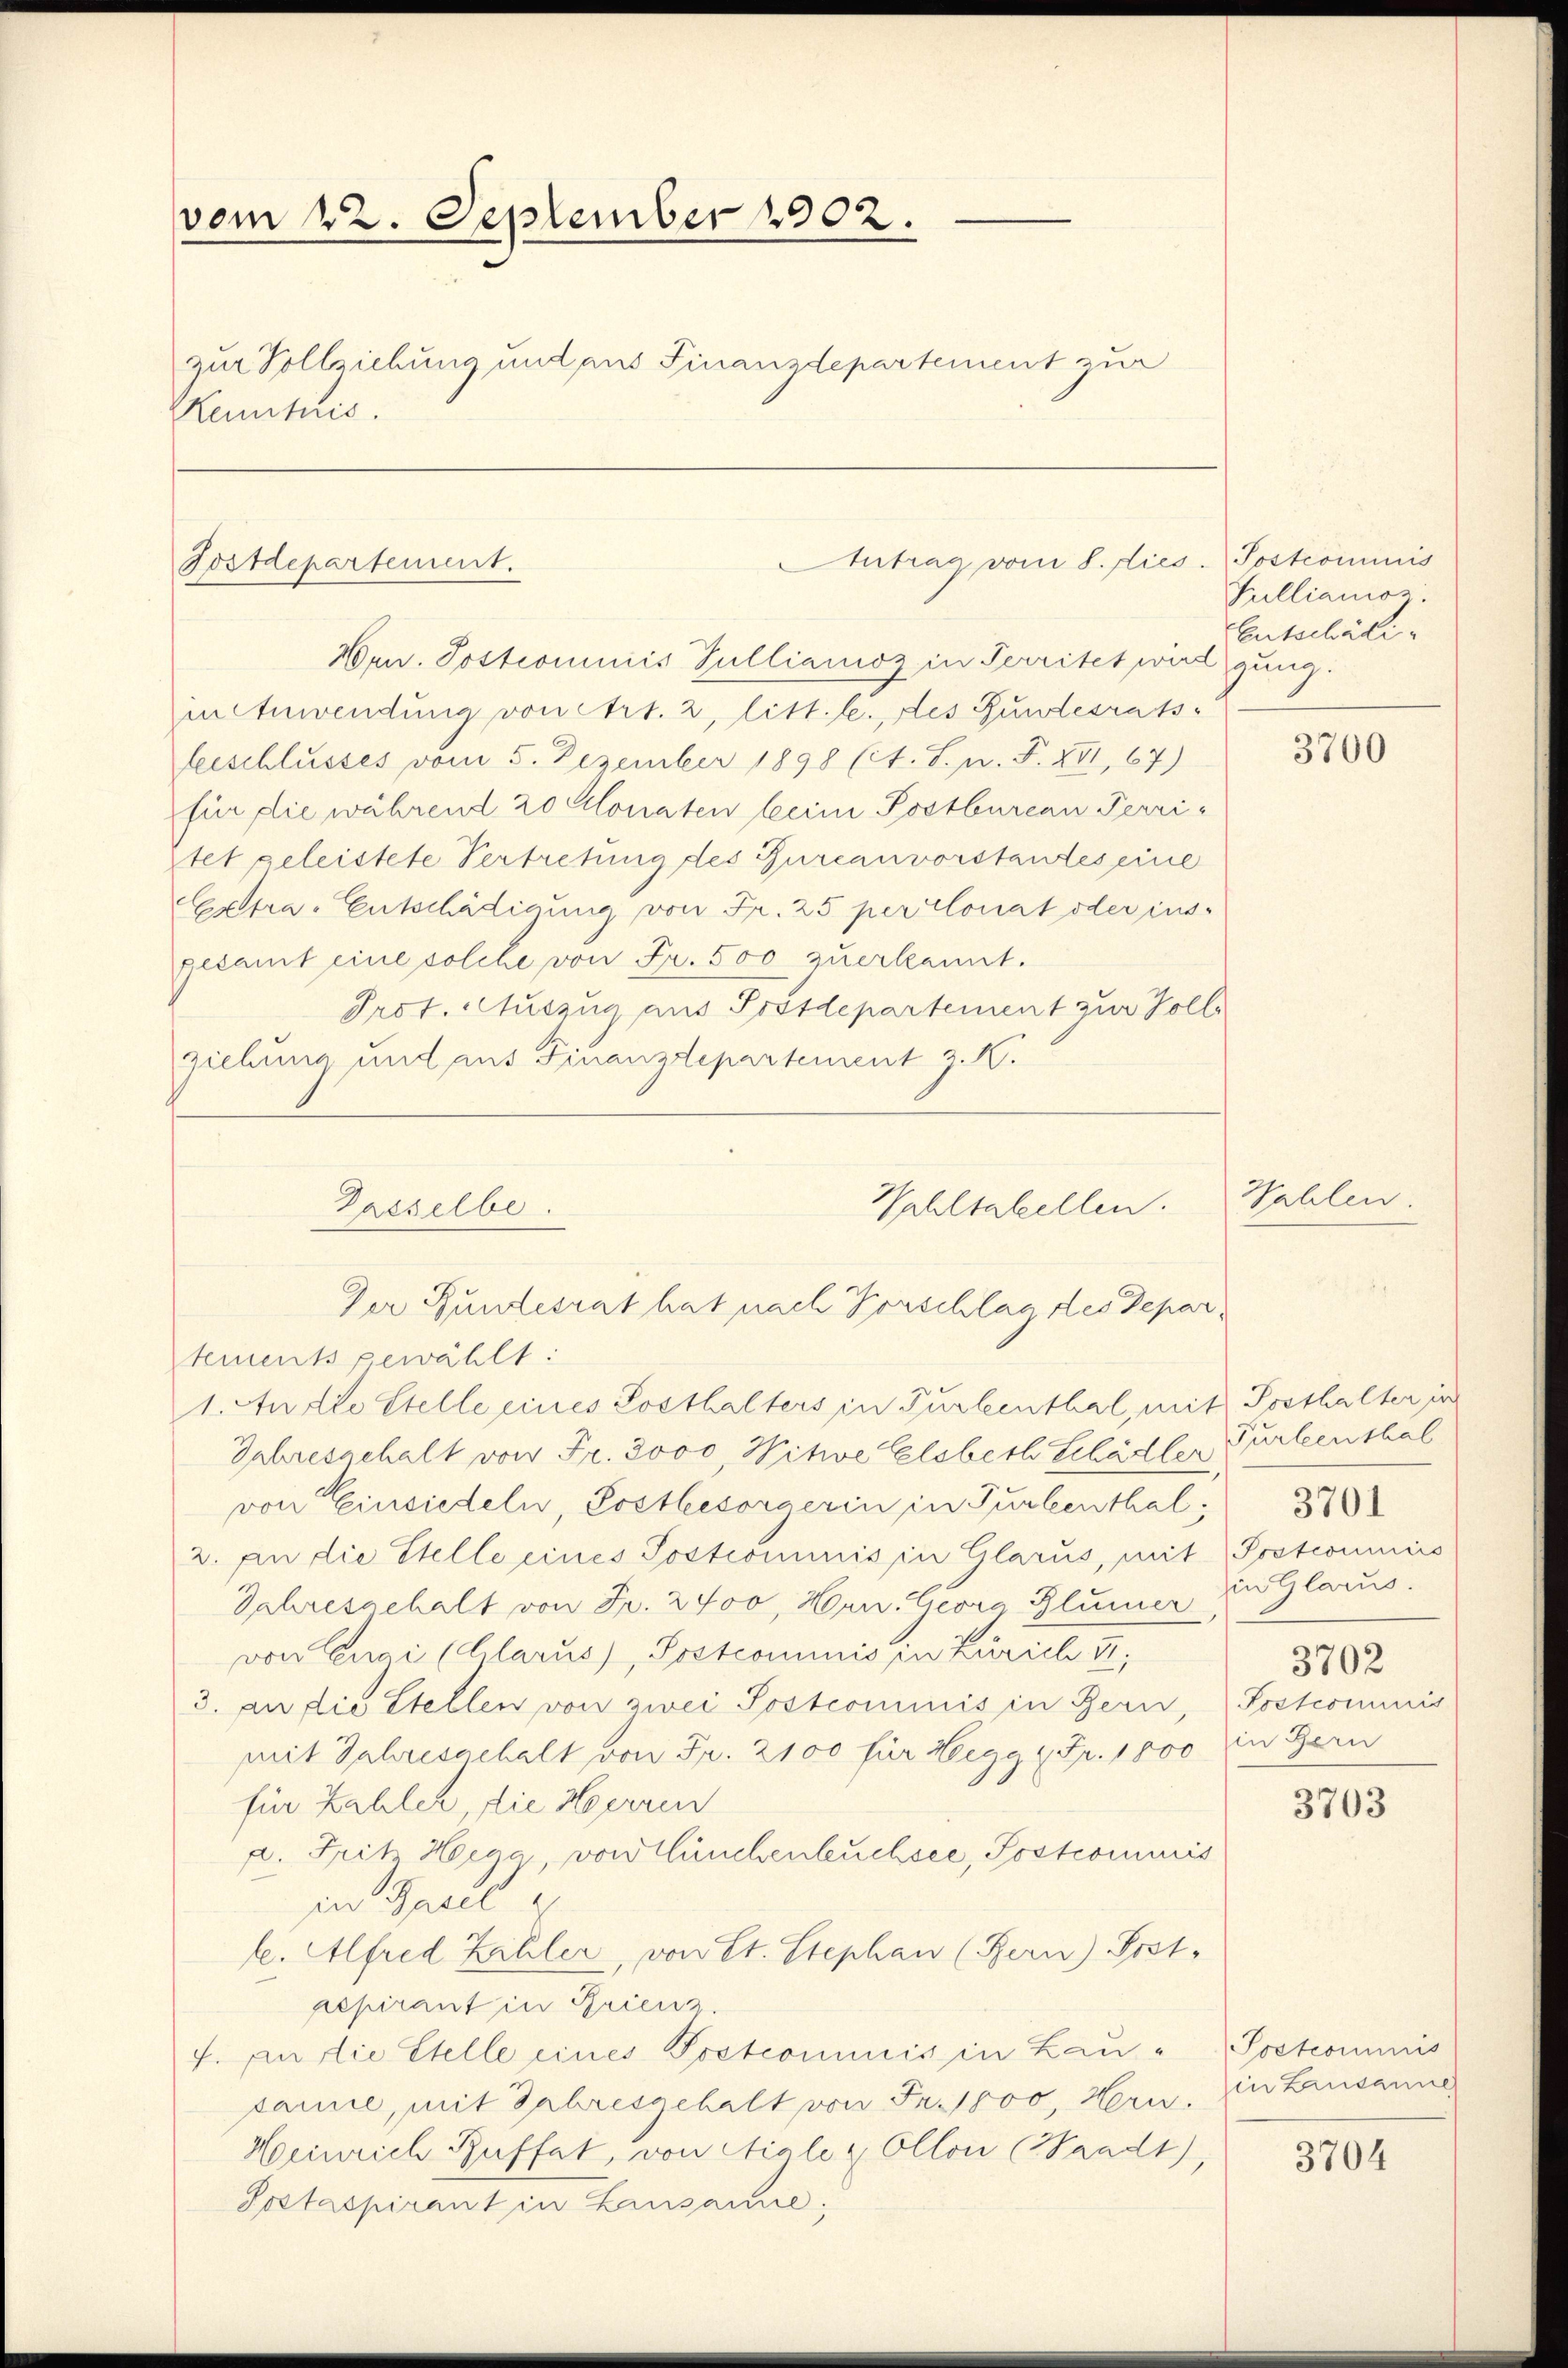
vom 22. September 1902.
zur Vollziehung und aus Finanzdepartement zur
Kentric

Fostdepartement.

Dasselbe.

Antrag vom 8. dies

Wohltabellen.
Der Rundesrat hat nach Vorschlag des Depar¬
1. Audie Stelle eines Sosthalters in Turbenthal, mit Posthalter in

Hrn. Postromnis Vulliamoz in Territet wird gung.
in Anwendung von ehrt. 2, litt. b. des Gundesrat
beeschlusses vom 5. Dezember 1898 (lt. S. n. F. XVI, 67)
für die während 20 Monaten beim Postbureau Territet geleistete Vertretung des Furcanvorstantes eine
Extra-Entschädigung von Fr. 25 per clonat oder ins-
pesamt eine solche von Fr. 500 zuerkannt.
Prof. Auszug aus Postdepartement zur Vollziehung und aus Finanzdepartement z. K.

tements gewählt:
Jahresgehalt von Fr. 3000, Witwe Elsbeth Schädler, Turbenthal
von Einsiedeln, Postbesorgerin in Turbenthal 370
2. An die Stelle eines Sostrominis in Glarus, mit Postcommis
Jahresgehalt von Fr. 2400, Hrn. Georg Blümer in Glarus.
von Canai (Glarus), Postcommis in Zürich II,
3. an die Stellen von zwei Postcommis in Bern, Postcommis
mit Jahresschalt von Fr. 2100 für Hegg, Fr. 1800 in Gern
für Zahler, die Herren
a. Fritz Hera, von Münchenbuchsee, Postcommis
in Grell u
le. Alfred Zähler, von St. Stephan (Bern) Post-
pepirant in Brienz.
f. An die Stelle eines Postcommis in Lau-Postcommis
same, mit Jahresgehalt von Fr. 1000, Hrn. in Lausanne
Heinrich Buffet, von Aigle 2, Ollon (Waadt)
Sastaspirant in Lausanne,

Tostcominis
Silliamoz.
Entschädi¬

3700

Wahlen

3702

3703

3704